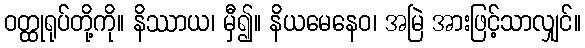
ဝတ္ထုရုပ်တို့ကို။ နိဿာယ၊ မှီ၍။ နိယမေနေဝ၊ အမြဲ အားဖြင့်သာလျှင်။